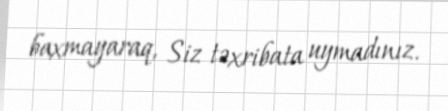
baxmayaraq, Siz təxribata uymadınız.